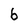
Character: 6